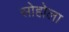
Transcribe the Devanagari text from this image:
सोहोला